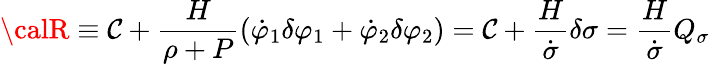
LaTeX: {\calR}\equiv\mathcal{C}+\frac{{H}}{{\rho+P}}(\dot{{\varphi}}_{1}\delta\varphi_{1}+\dot{{\varphi}}_{2}\delta\varphi_{2})=\mathcal{C}+\frac{{H}}{{\dot{{\sigma}}}}\delta\sigma=\frac{{H}}{{\dot{{\sigma}}}}Q_{\sigma}